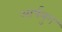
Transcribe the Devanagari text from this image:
आर्षयुग